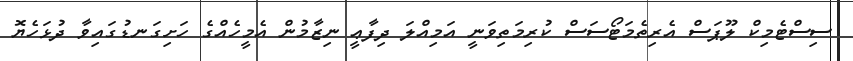
ސިސްޓެމިކް ލޫޕަސް އެރިތެމަޓޯސަސް ކުރިމަތިވަނީ އަމިއްލަ ދިފާޢީ ނިޒާމުން އެމީހެއްގެ ހަށިގަނޑުގައިވާ ދުޅަހެޔޮ